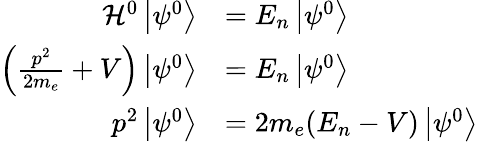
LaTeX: {\begin{array}{rl}{{\mathcal{H}}^{0}\left\vert\psi^{0}\right\rangle}&{=E_{n}\left\vert\psi^{0}\right\rangle}\\ {\left({\frac{p^{2}}{2m_{e}}}+V\right)\left\vert\psi^{0}\right\rangle}&{=E_{n}\left\vert\psi^{0}\right\rangle}\\ {p^{2}\left\vert\psi^{0}\right\rangle}&{=2m_{e}(E_{n}-V)\left\vert\psi^{0}\right\rangle}\end{array}}